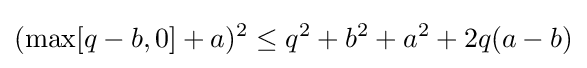
(\max[q-b,0]+a)^{2}\leq q^{2}+b^{2}+a^{2}+2q(a-b)